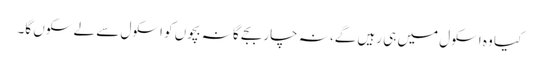
کیا وہ اسکول میں ہی رہیں گے، نہ چار بجے گا نہ بچوں کو اسکول سے لے سکوں گا۔